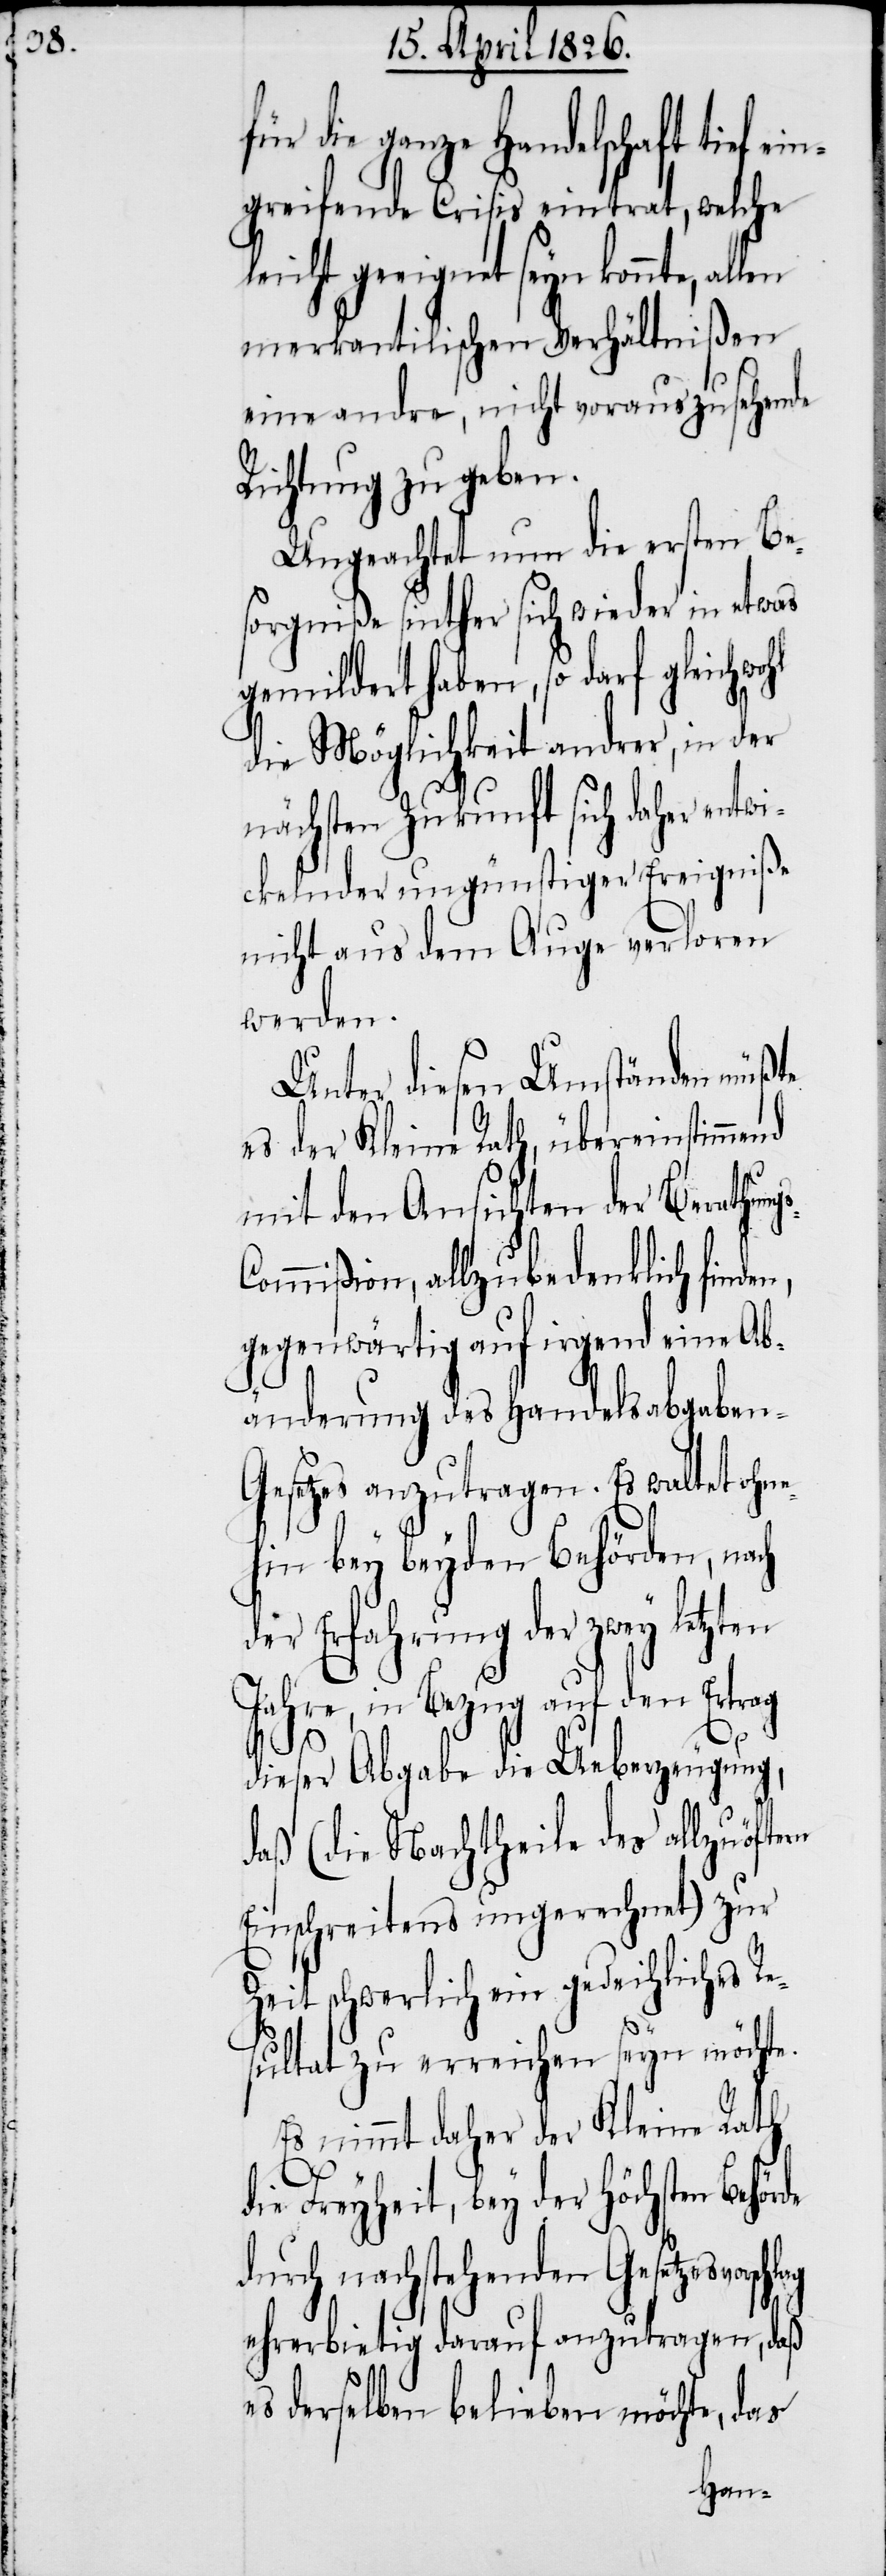
für die ganze Handelschaft tief
greifende Crisis eintrat, welche
leicht geeignet seyn könnte, allen
merkantilischen Verhältnißen
eine andre, nicht vorauszusehende
Richtung zu geben.
Ungeachtet nun die ersten Be¬
sorgniße sinther sich wieder in etwas
gemildert haben, so darf gleichwo¬
die Möglichkeit andrer, in der
nächsten Zukunft sich daher entwi¬
ckelnder ungünstiger Ereigniße
nicht aus dem Auge verloren
werden.
Unter diesen Umständen müßte
es der Kleine Rath, übereinstimmend
mit den Ansichten der Berathun¬
ommißion, allzubedenklich finde¬
gegenwärtig auf irgend eine Ab¬
änderung des Handelsabgaben-G¬
esetzes anzutragen. Es waltet ohne¬
hin bey beyden Behörden, nach
der Erfahrung der zwey letzten
Jahre, in Bezug auf den Ertrag
lag
dieser Abgabe die Ueberzeugung,
daß (die Nachtheile des allzuöfte¬
Einschreitens ungerechnet) zur
Zeit schwerlich ein gedeihliches Re¬
sultat zu erreichen seyn möchte.
Es nimmt daher der Kleine Rath
Freyheit, bey der Höchsten Behör¬
durch nachstehenden Gesetzesvorsch¬
ehrerbietig darauf anzutragen, daß
es derselben belieben möchte, das
ein¬